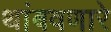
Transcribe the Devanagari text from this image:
थांबवणारे